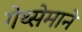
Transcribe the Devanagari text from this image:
गेथ्सेमाने